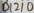
Text: D12/0